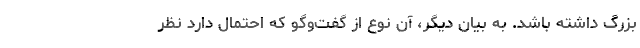
بزرگ داشته باشد. به بیان دیگر، آن نوع از گفت‌وگو که احتمال دارد نظر